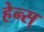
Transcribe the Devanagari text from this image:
हेन्स्